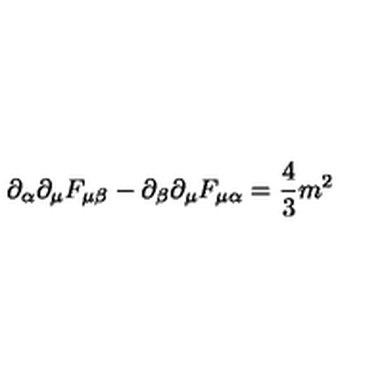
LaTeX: \partial _ { \alpha } \partial _ { \mu } F _ { \mu \beta } - \partial _ { \beta } \partial _ { \mu } F _ { \mu \alpha } = { \frac { 4 } { 3 } } m ^ { 2 }